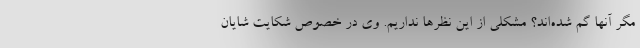
مگر آنها گم شده‌اند؟ مشکلی از این نظرها نداریم. وی در خصوص شکایت شایان